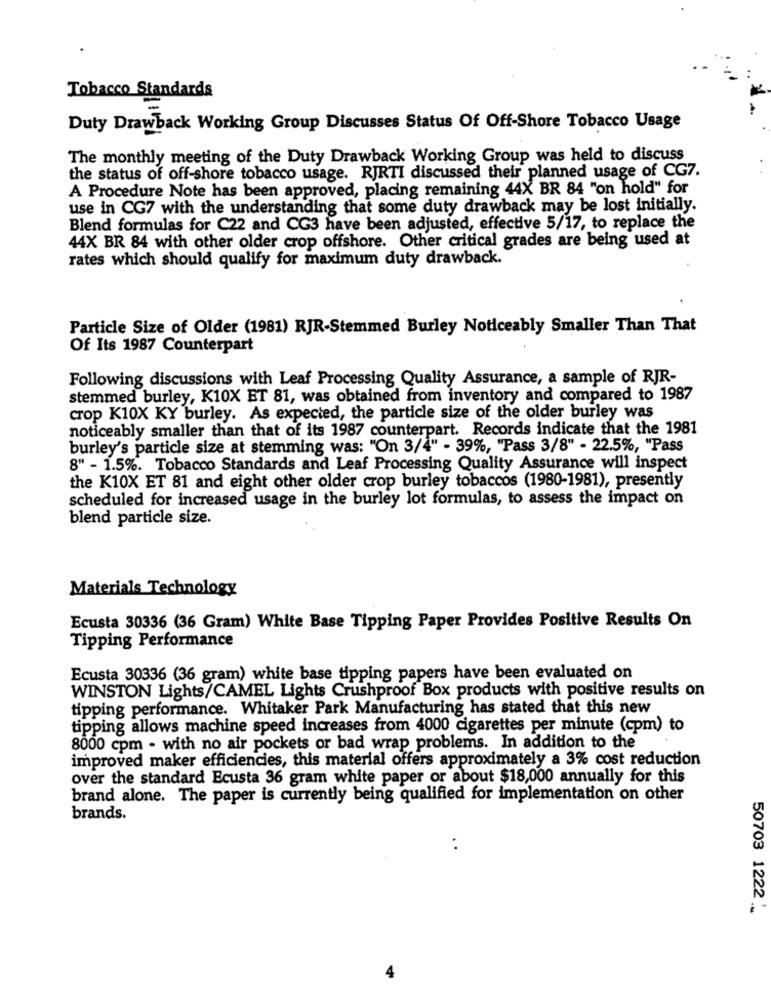
Tobacco Standards
Duty Drawback Working Group Discusses Status Of Off-Shore Tobacco Usage
The monthly meeting of the Duty Drawback Working Group was held to discuss
the status of off-shore tobacco usage. RJRTI discussed their planned usage of CG7.
A Procedure Note has been approved, placing remaining 44X BR 84 "on hold" for
use in CG7 with the understanding that some duty drawback may be lost initially.
Blend formulas for C22 and CG3 have been adjusted, effective 5/17, to replace the
44X BR 84 with other older crop offshore. Other critical grades are being used at
rates which should qualify for maximum duty drawback.
Particle Size of Older (1981) RJR-Stemmed Burley Noticeably Smaller Than That
Of Its 1987 Counterpart
Following discussions with Leaf Processing Quality Assurance, a sample of RJR-
stemmed burley, K10X ET 81, was obtained from inventory and compared to 1987
crop K10X KY burley. As expected, the particle size of the older burley was
noticeably smaller than that of its 1987 counterpart. Records indicate that the 1981
burley's particle size at stemming was: "On 3/4" - 39%, "Pass 3/8" - 22.5%, "Pass
8" - 1.5%. Tobacco Standards and Leaf Processing Quality Assurance will inspect
the K10X ET 81 and eight other older crop burley tobaccos (1980-1981), presently
scheduled for increased usage in the burley lot formulas, to assess the impact on
blend particle size.
Materials Technology
Ecusta 30336 (36 Gram) White Base Tipping Paper Provides Positive Results On
Tipping Performance
Ecusta 30336 (36 gram) white base tipping papers have been evaluated on
WINSTON Lights/CAMEL Lights Crushproof Box products with positive results on
tipping performance. Whitaker Park Manufacturing has stated that this new
tipping allows machine speed increases from 4000 cigarettes per minute (cpm) to
8000 cpm - with no air pockets or bad wrap problems. In addition to the
improved maker efficiencies, this material offers approximately a 3% cost reduction
over the standard Ecusta 36 gram white paper or about $18,000 annually for this
brand alone. The paper is currently being qualified for implementation on other
brands.
..
50703 1222 __
4